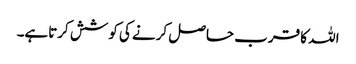
اللہ کا قرب حاصل کرنے کی کوشش کرتاہے۔